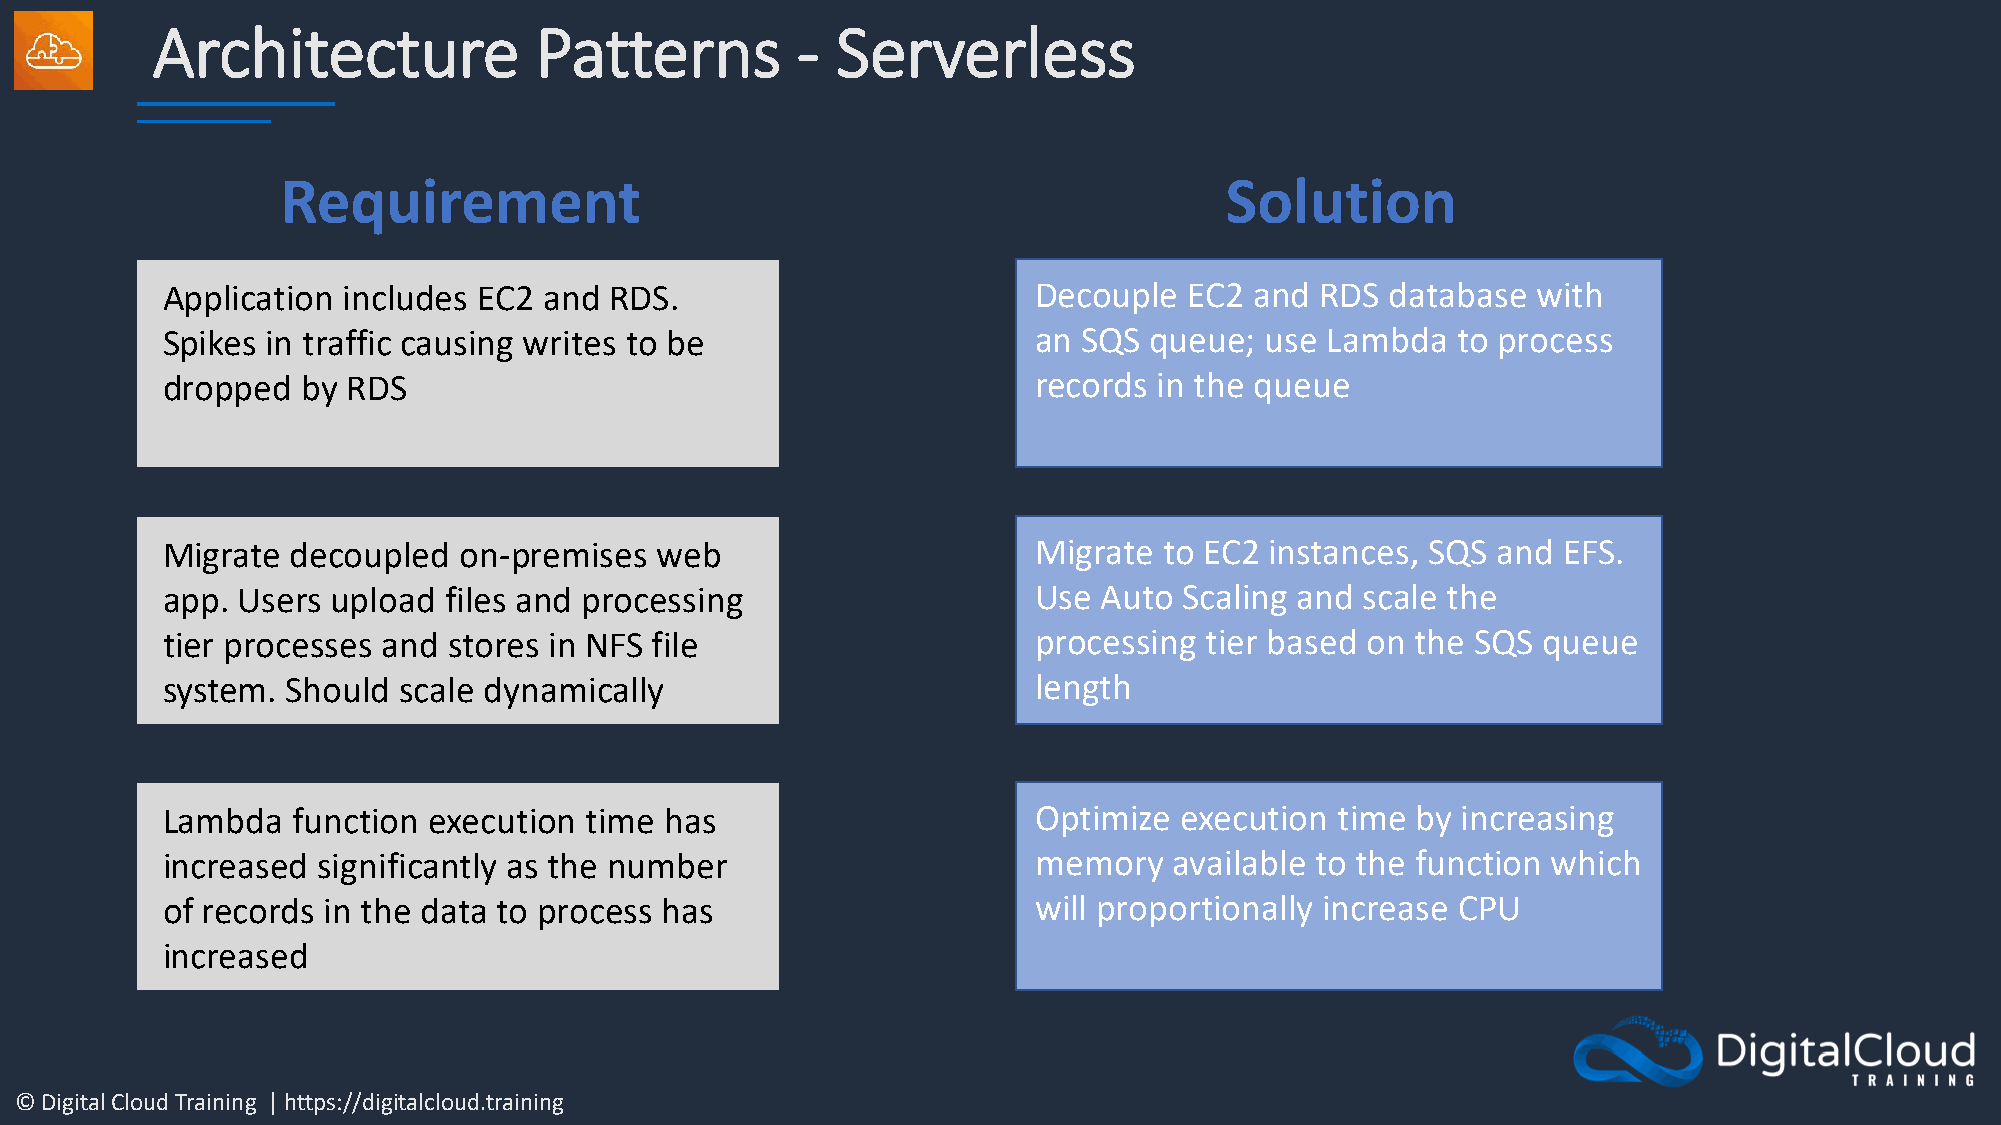
Architecture             Patterns          - Serverless
 Requirement                                                   Solution
 Application includes EC2 and RDS.                         Decouple  EC2 and RDS  database  with
 Spikes in traffic causing writes to be                    an SQS queue;  use Lambda  to process
 dropped  by RDS                                           records in the queue
 Migrate decoupled  on-premises  web                       Migrate to EC2 instances, SQS and EFS.
 app. Users upload files and processing                    Use Auto Scaling and scale the
 tier processes and stores in NFS file                     processing tier based on the SQS queue
 system. Should scale dynamically                          length
 Lambda  function execution  time has                      Optimize execution  time by increasing
 increased significantly as the number                     memory   available to the function which
 of records in the data to process has                     will proportionally increase CPU
 increased
 © Digital Cloud Training | https://digitalcloud.training